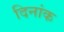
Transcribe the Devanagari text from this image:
दिनांक